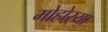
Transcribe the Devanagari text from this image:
मोहोऱ्या